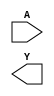
(* blackbox *)
module sky130_fd_sc_hd__inv_1 (input A, output Y); endmodule
(* blackbox *)
module sky130_fd_sc_hd__inv_2 (input A, output Y); endmodule
(* blackbox *)
module sky130_fd_sc_hd__inv_4 (input A, output Y); endmodule
(* blackbox *)
module sky130_fd_sc_hd__buf_1(input A, output X); endmodule
(* blackbox *)
module sky130_fd_sc_hd__buf_2(input A, output X); endmodule
(* blackbox *)
module sky130_fd_sc_hd__buf_4(input A, output X); endmodule
(* blackbox *)
module sky130_fd_sc_hd__or2_1(input A, input B, output X); endmodule
(* blackbox *)
module sky130_fd_sc_hd__mux2_1(input A0, input A1, input S, output X); endmodule
(* blackbox *)
module sky130_fd_sc_hd__dfrtp_1(input CLK, input D, input RESET_B, output Q); endmodule
(* blackbox *)
module sky130_fd_sc_hd__dfrbp_1(input CLK, input D, input RESET_B, output Q, output Q_N); endmodule
(* blackbox *)
module sky130_fd_sc_hd__dfbbp(output Q, input D, input CLK, input SET_B, input RESET_B); endmodule
(* blackbox *)
module iopad(input en, input inpad, output outpad, output pad); 
sky130_fd_sc_hd__buf_2 sky130_fd_sc_hd__buf_2_io(.A(inpad), .X(outpad));
endmodule